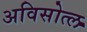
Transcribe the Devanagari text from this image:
अविसोत्ल